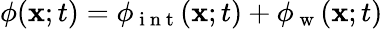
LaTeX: \phi(\mathbf{x};t)=\phi_{\mathrm{~i~n~t~}}(\mathbf{x};t)+\phi_{\mathrm{~w~}}(\mathbf{x};t)